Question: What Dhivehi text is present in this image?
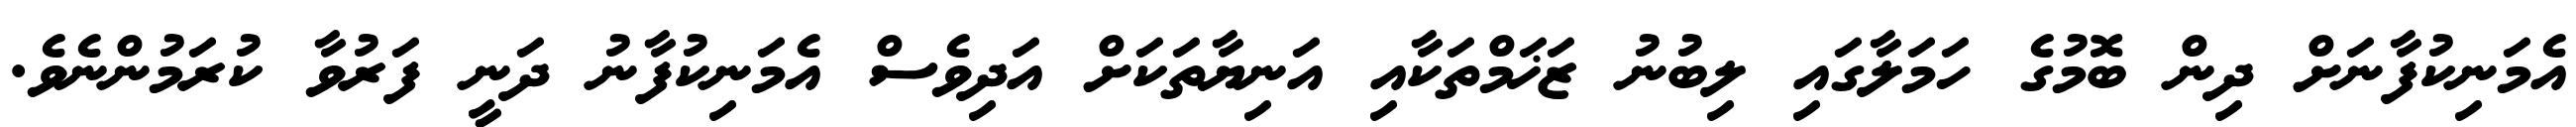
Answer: އެމަނިކުފާނަށް ދިން ބޮމުގެ ހަމަލާގައި ލިބުނު ޒަޚަމްތަކާއި އަނިޔާތަކަށް އަދިވެސް އެމަނިކުފާނު ދަނީ ފަރުވާ ކުރަމުންނެވެ.